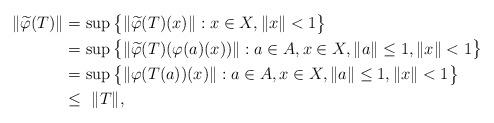
LaTeX: \begin{align*}\|\widetilde{\varphi}(T)\|&= \sup\big\{ \|\widetilde{\varphi}(T)(x)\| : x\in X, \|x\|<1 \big\} \\&= \sup\big\{ \|\widetilde{\varphi}(T)(\varphi(a)(x))\| : a\in A, x\in X, \|a\|\leq 1, \|x\|<1 \big\} \\&= \sup\big\{ \|\varphi(T(a))(x)\| : a\in A, x\in X, \|a\|\leq 1, \|x\|<1 \big\}\\& \leq\ \|T\|,\end{align*}